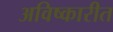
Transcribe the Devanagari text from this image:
अविष्कारीत